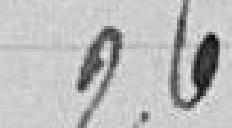
26